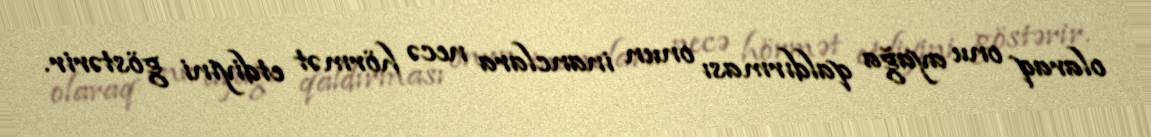
olaraq onu ayağa qaldırması onun inanclara necə hörmət etdiyini göstərir.